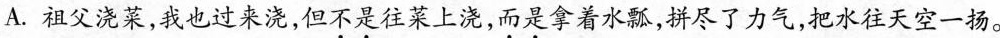
A.祖父浇菜，我也过来浇，但不是往菜上浇，而是拿着水瓢，拼尽了力气，把水往天上一扬。